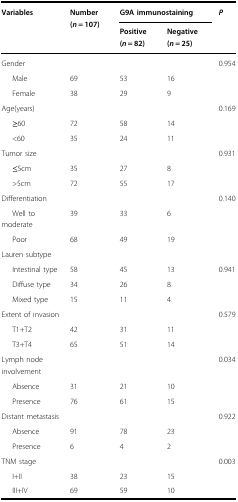
<table><thead><tr><td rowspan="2"><b>Variables</b></td><td rowspan="2"><b>Number (<i>n</i> = 107)</b></td><td colspan="2"><b>G9A immunostaining</b></td><td rowspan="2"><b><i>P</i></b></td></tr><tr><td><b>Positive (<i>n</i> = 82)</b></td><td><b>Negative (<i>n</i> = 25)</b></td></tr></thead><tbody><tr><td>Gender</td><td></td><td></td><td></td><td>0.954</td></tr><tr><td>Male</td><td>69</td><td>53</td><td>16</td><td></td></tr><tr><td>Female</td><td>38</td><td>29</td><td>9</td><td></td></tr><tr><td>Age(years)</td><td></td><td></td><td></td><td>0.169</td></tr><tr><td>≥60</td><td>72</td><td>58</td><td>14</td><td></td></tr><tr><td>&lt;60</td><td>35</td><td>24</td><td>11</td><td></td></tr><tr><td>Tumor size</td><td></td><td></td><td></td><td>0.931</td></tr><tr><td>≤5cm</td><td>35</td><td>27</td><td>8</td><td></td></tr><tr><td>&gt;5cm</td><td>72</td><td>55</td><td>17</td><td></td></tr><tr><td>Differentiation</td><td></td><td></td><td></td><td>0.140</td></tr><tr><td>Well to moderate</td><td>39</td><td>33</td><td>6</td><td></td></tr><tr><td>Poor</td><td>68</td><td>49</td><td>19</td><td></td></tr><tr><td>Lauren subtype</td><td></td><td></td><td></td><td></td></tr><tr><td>Intestinal type</td><td>58</td><td>45</td><td>13</td><td>0.941</td></tr><tr><td>Diffuse type</td><td>34</td><td>26</td><td>8</td><td></td></tr><tr><td>Mixed type</td><td>15</td><td>11</td><td>4</td><td></td></tr><tr><td>Extent of invasion</td><td></td><td></td><td></td><td>0.579</td></tr><tr><td>T1+T2</td><td>42</td><td>31</td><td>11</td><td></td></tr><tr><td>T3+T4</td><td>65</td><td>51</td><td>14</td><td></td></tr><tr><td>Lymph node involvement</td><td></td><td></td><td></td><td>0.034</td></tr><tr><td>Absence</td><td>31</td><td>21</td><td>10</td><td></td></tr><tr><td>Presence</td><td>76</td><td>61</td><td>15</td><td></td></tr><tr><td>Distant metastasis</td><td></td><td></td><td></td><td>0.922</td></tr><tr><td>Absence</td><td>91</td><td>78</td><td>23</td><td></td></tr><tr><td>Presence</td><td>6</td><td>4</td><td>2</td><td></td></tr><tr><td>TNM stage</td><td></td><td></td><td></td><td>0.003</td></tr><tr><td>I+II</td><td>38</td><td>23</td><td>15</td><td></td></tr><tr><td>III+IV</td><td>69</td><td>59</td><td>10</td><td></td></tr></tbody></table>